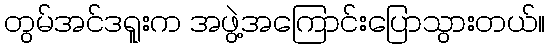
တွမ်အင်ဒရူးက အဖွဲ့အကြောင်းပြောသွားတယ်။